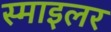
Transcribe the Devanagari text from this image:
स्माइलर